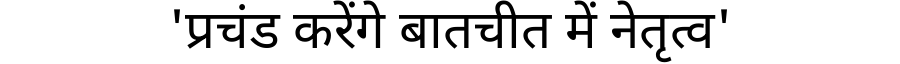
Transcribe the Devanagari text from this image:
'प्रचंड करेंगे बातचीत में नेतृत्व'